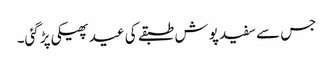
جس سے سفید پوش طبقے کی عید پھیکی پڑگئی۔